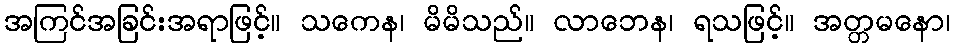
အကြင်အခြင်းအရာဖြင့်။ သကေန၊ မိမိသည်။ လာဘေန၊ ရသဖြင့်။ အတ္တမနော၊